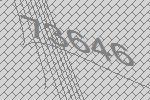
73646